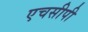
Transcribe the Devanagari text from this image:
एचसीपी